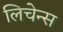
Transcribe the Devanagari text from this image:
लिचेन्स